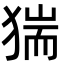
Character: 猯